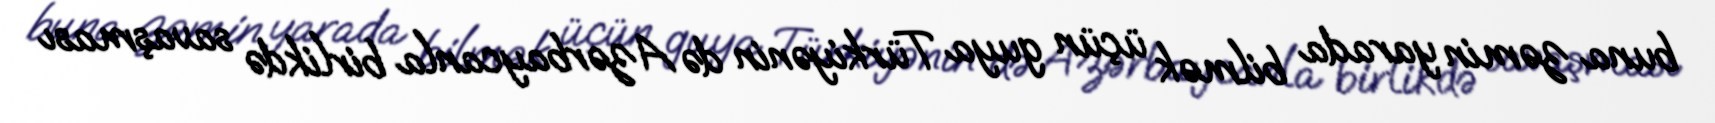
buna zəmin yarada bilmək üçün guya Türkiyənin də Azərbaycanla birlikdə savaşması